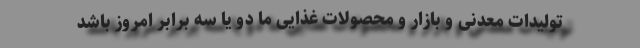
تولیدات معدنی و بازار و محصولات غذایی ما دو یا سه برابر امروز باشد